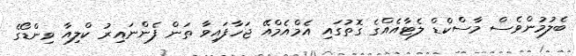
ބެލުމުންވެސް މާސްކްޑް ލެޓާއެއްގެ ގޮތުގައި އެމްއެމްއޭ ޖަހާފައިވާ ތަން ފެންނައިރު ކްލިއާ ވިންޑޯގެ